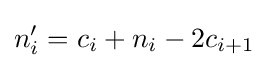
n_{i}'=c_{i}+n_{i}-2c_{i+1}